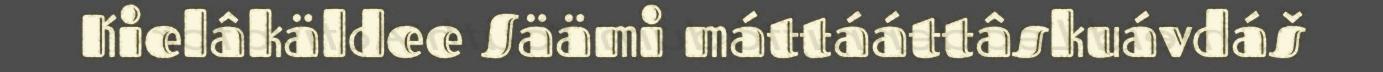
Kielâkäldee Säämi máttááttâskuávdáš